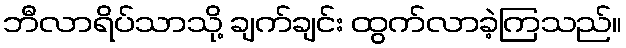
ဘီလာရိပ်သာသို့ ချက်ချင်း ထွက်လာခဲ့ကြသည်။